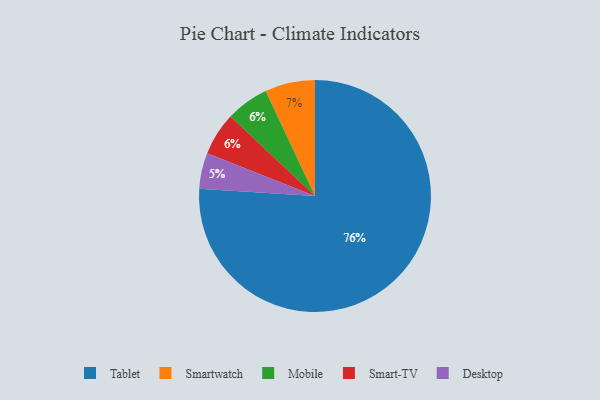
{"axis": {"x": "Category", "y": "Percentage"}, "legend": ["Desktop", "Mobile", "Smart-TV", "Smartwatch", "Tablet"], "data": [{"x": "Desktop", "y": 5, "type": "Desktop"}, {"x": "Tablet", "y": 76, "type": "Tablet"}, {"x": "Smartwatch", "y": 7, "type": "Smartwatch"}, {"x": "Mobile", "y": 6, "type": "Mobile"}, {"x": "Smart-TV", "y": 6, "type": "Smart-TV"}]}